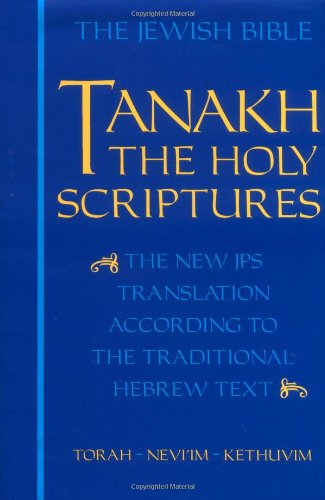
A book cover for Tanakh: The Holy Scriptures, The New JPS Translation According to the Traditional Hebrew Text; Christian Books & Bibles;